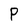
Character: P